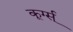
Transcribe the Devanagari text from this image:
कूर्ग्स्